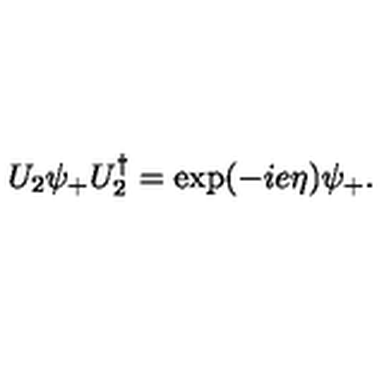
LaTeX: U _ { 2 } \psi _ { + } U _ { 2 } ^ { \dagger } = \exp ( - i e \eta ) \psi _ { + } .